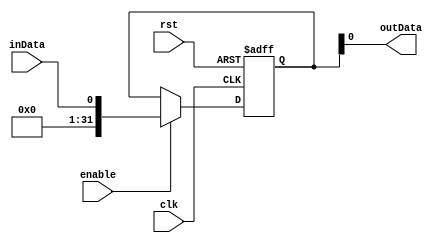
module SimpleBypassRegister (
    input wire clk,     // Clock input
    input wire rst,     // Reset signal
    input wire enable,  // Enable signal for bypass
    input wire inData,  // Input data signal
    output reg outData  // Output data signal
);

// Register storage element
reg [31:0] registerData;

// Bypass logic
always @(posedge clk or posedge rst) begin
    if (rst) begin
        registerData <= 32'h00000000;
    end else if (enable) begin
        registerData <= inData;
    end
end

// Output assignment
assign outData = registerData;

endmodule